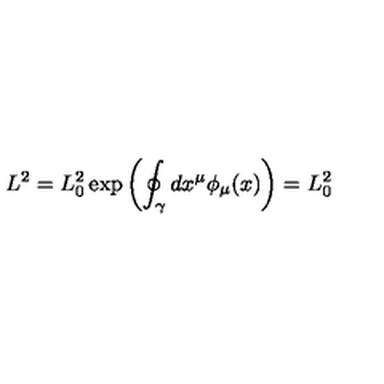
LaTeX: L ^ { 2 } = L _ { 0 } ^ { 2 } \exp \left( \oint _ { \gamma } d x ^ { \mu } \phi _ { \mu } ( x ) \right) = L _ { 0 } ^ { 2 } \,